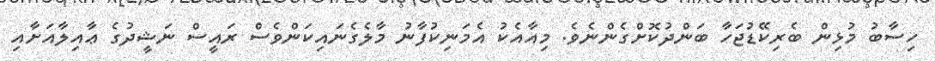
ހިސާބު މުޅިން ބެރިކޭޑުޖަހާ ބަންދުކޮށްގެންނެވެ. މިއާއެކު އެމަނިކުފާނު މާލެގެނައިކަންވެސް ރައީސް ނަޝީދުގެ ޢާއިލާއަށާއި